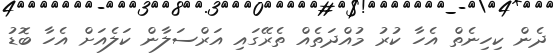
ދެން ކިހިނެތް އެހާ ކުރު މުއްދަތެއް ތެރޭގައި އަރްސަލާން ކަލެއަށް އެހާ ބޮޑު